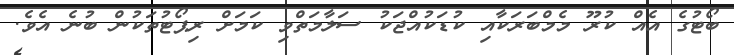
ބޯޓުގެ އެއް ކުރޫ މެމްބަރަކާއި ކުޑަކުއްޖަކު ސަލާމަތްވި ކަމަށް ރިޕޯޓުތަކުން ބުނެ އެވެ.